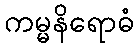
ကမ္မနိရောဓံ